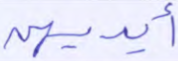
أيديهن